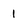
Character: 1